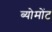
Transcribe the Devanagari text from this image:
ब्योमोंट